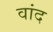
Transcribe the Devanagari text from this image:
वांद